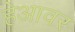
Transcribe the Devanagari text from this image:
हेआवर